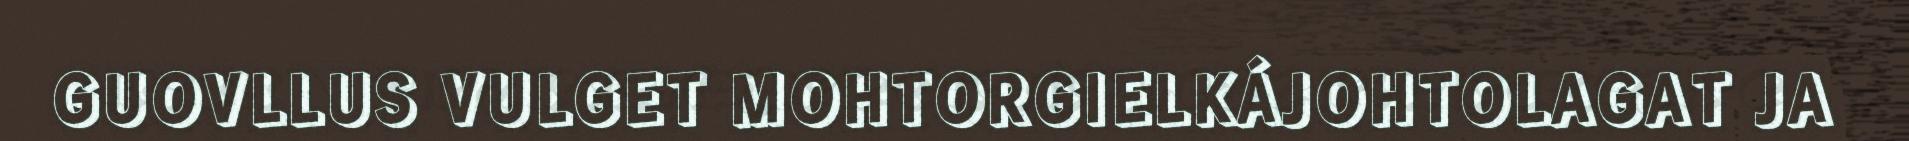
GUOVLLUS VULGET MOHTORGIELKÁJOHTOLAGAT JA